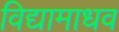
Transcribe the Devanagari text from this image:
विद्यामाधव